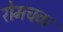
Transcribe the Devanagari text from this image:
रोमचक